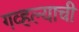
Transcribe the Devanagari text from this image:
गव्हल्याची